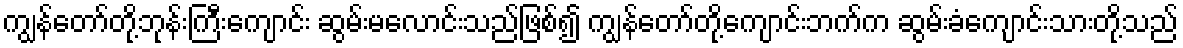
ကျွန်တော်တို့ဘုန်းကြီးကျောင်း ဆွမ်းမလောင်းသည်ဖြစ်၍ ကျွန်တော်တို့ကျောင်းဘက်က ဆွမ်းခံကျောင်းသားတို့သည်